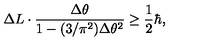
\Delta L \cdot \frac { \Delta \theta } { 1 - ( 3 / \pi ^ { 2 } ) \Delta \theta ^ { 2 } } \ge \frac 1 2 \hbar ,